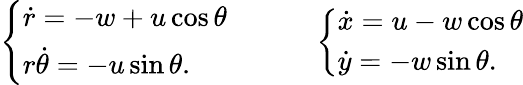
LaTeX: \begin{array}{rl}{\left\{ \begin{array}{ll}{\dot{r}=-w+u\cos\theta}\\ {r\dot{\theta}=-u\sin\theta.}\end{array}\right.}&{{}\qquad\left\{ \begin{array}{ll}{\dot{x}=u-w\cos\theta}\\ {\dot{y}=-w\sin\theta.}\end{array}\right.}\end{array}